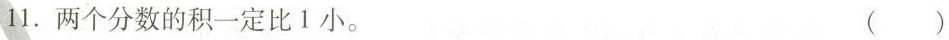
11.两个分数的积一定比1小。 ()